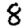
Digit: 8